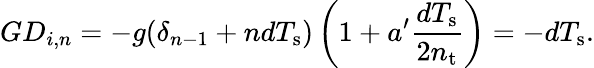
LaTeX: GD_{i,n}=-g(\delta_{n-1}+ndT_{\mathrm{s}})\left(1+a^{\prime}\frac{dT_{\mathrm{s}}}{2n_{\mathrm{t}}}\right)=-dT_{\mathrm{s}}.